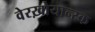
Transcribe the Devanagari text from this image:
वेरख़ोयान्स्क